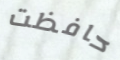
حافظت